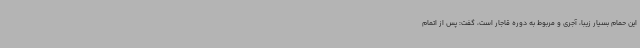
این حمام بسیار زیبا، آجری و مربوط به دوره قاجار است، گفت: پس از اتمام